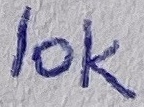
Text: 1OK